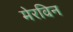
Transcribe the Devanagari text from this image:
मेरविन